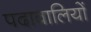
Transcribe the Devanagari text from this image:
पदावालियों